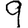
Digit: 9